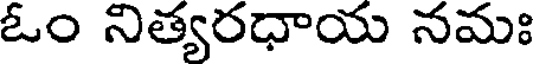
ఓం నిత్యరధాయ నమః